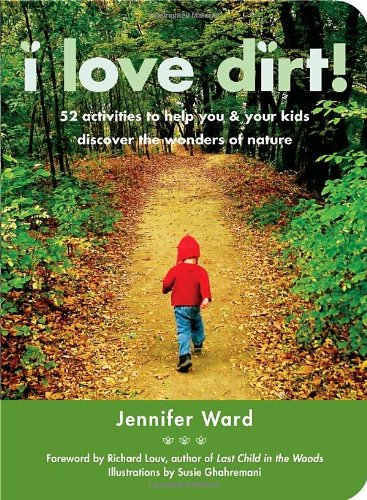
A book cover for I Love Dirt!: 52 Activities to Help You and Your Kids Discover the Wonders of Nature; Jennifer Ward; Science & Math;